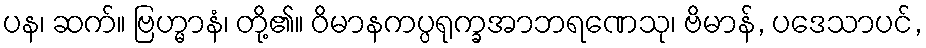
ပန၊ ဆက်။ ဗြဟ္မာနံ၊ တို့၏။ ဝိမာနကပ္ပရုက္ခအာဘရဏေသု၊ ဗိမာန်, ပဒေသာပင်,